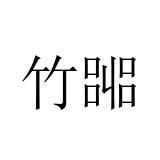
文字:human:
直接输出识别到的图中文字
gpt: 竹嘂